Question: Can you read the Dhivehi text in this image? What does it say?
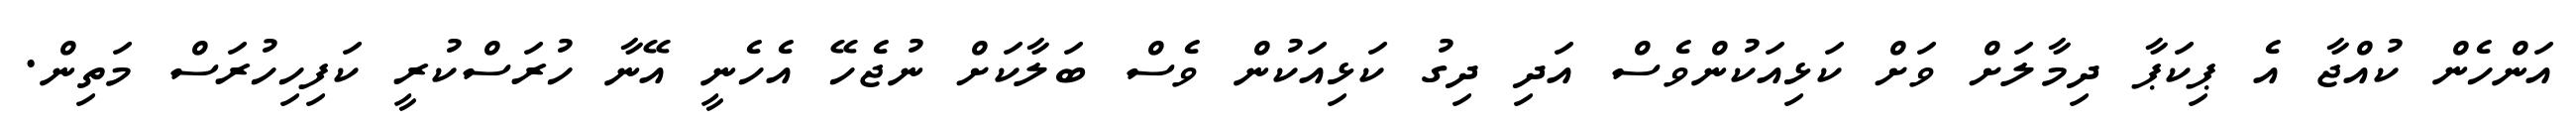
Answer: އަންހެން ކުއްޖާ އެ ޕިކަޕާ ދިމާލަށް ވަށް ކަޅިއަކުންވެސް އަދި ދިގު ކަޅިއަކުން ވެސް ބަލާކަށް ނުޖެހޭ އެހެނީ އޭނާ ހުރަސްކުރީ ކަފިހިހުރަސް މަތިން.